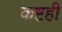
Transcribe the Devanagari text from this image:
कष्टही